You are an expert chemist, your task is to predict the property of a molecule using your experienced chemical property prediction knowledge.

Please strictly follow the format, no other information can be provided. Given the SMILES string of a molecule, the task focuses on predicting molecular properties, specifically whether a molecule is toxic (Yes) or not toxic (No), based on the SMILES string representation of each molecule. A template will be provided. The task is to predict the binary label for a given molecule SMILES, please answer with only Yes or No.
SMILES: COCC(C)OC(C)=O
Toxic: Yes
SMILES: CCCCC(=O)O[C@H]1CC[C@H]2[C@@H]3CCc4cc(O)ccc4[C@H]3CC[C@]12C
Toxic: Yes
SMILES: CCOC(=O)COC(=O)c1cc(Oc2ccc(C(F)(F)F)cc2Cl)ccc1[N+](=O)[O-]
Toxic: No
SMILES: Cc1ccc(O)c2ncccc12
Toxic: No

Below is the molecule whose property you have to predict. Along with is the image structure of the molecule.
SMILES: CCOC(=O)Oc1c(OC)cc(C(=O)O[C@@H]2C[C@@H]3CN4CCc5c([nH]c6cc(OC)ccc56)[C@H]4C[C@@H]3[C@H](C(=O)OC)[C@H]2OC)cc1OC
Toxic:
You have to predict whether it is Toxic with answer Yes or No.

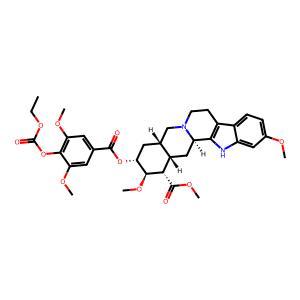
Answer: No